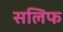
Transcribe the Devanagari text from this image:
सलिफ